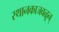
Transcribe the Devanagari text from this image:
स्थानकाजवळून्